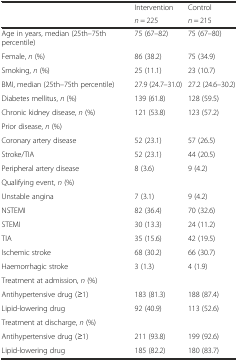
<table><thead><tr><td rowspan="2"></td><td><b>Intervention</b></td><td><b>Control</b></td></tr><tr><td><b><i>n</i> = 225</b></td><td><b><i>n</i> = 215</b></td></tr></thead><tbody><tr><td>Age in years, median (25th–75th percentile)</td><td>75 (67–82)</td><td>75 (67–80)</td></tr><tr><td>Female, <i>n</i> (%)</td><td>86 (38.2)</td><td>75 (34.9)</td></tr><tr><td>Smoking, <i>n</i> (%)</td><td>25 (11.1)</td><td>23 (10.7)</td></tr><tr><td>BMI, median (25th–75th percentile)</td><td>27.9 (24.7–31.0)</td><td>27.2 (24.6–30.2)</td></tr><tr><td>Diabetes mellitus, <i>n</i> (%)</td><td>139 (61.8)</td><td>128 (59.5)</td></tr><tr><td>Chronic kidney disease, <i>n</i> (%)</td><td>121 (53.8)</td><td>123 (57.2)</td></tr><tr><td>Prior disease, <i>n</i> (%)</td><td></td><td></td></tr><tr><td>Coronary artery disease</td><td>52 (23.1)</td><td>57 (26.5)</td></tr><tr><td>Stroke/TIA</td><td>52 (23.1)</td><td>44 (20.5)</td></tr><tr><td>Peripheral artery disease</td><td>8 (3.6)</td><td>9 (4.2)</td></tr><tr><td>Qualifying event, <i>n</i> (%)</td><td></td><td></td></tr><tr><td>Unstable angina</td><td>7 (3.1)</td><td>9 (4.2)</td></tr><tr><td>NSTEMI</td><td>82 (36.4)</td><td>70 (32.6)</td></tr><tr><td>STEMI</td><td>30 (13.3)</td><td>24 (11.2)</td></tr><tr><td>TIA</td><td>35 (15.6)</td><td>42 (19.5)</td></tr><tr><td>Ischemic stroke</td><td>68 (30.2)</td><td>66 (30.7)</td></tr><tr><td>Haemorrhagic stroke</td><td>3 (1.3)</td><td>4 (1.9)</td></tr><tr><td colspan="2">Treatment at admission, <i>n</i> (%)</td><td></td></tr><tr><td>Antihypertensive drug (≥1)</td><td>183 (81.3)</td><td>188 (87.4)</td></tr><tr><td>Lipid-lowering drug</td><td>92 (40.9)</td><td>113 (52.6)</td></tr><tr><td colspan="2">Treatment at discharge, <i>n</i> (%)</td><td></td></tr><tr><td>Antihypertensive drug (≥1)</td><td>211 (93.8)</td><td>199 (92.6)</td></tr><tr><td>Lipid-lowering drug</td><td>185 (82.2)</td><td>180 (83.7)</td></tr></tbody></table>